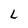
Character: L